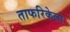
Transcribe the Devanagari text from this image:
ताफरिकेला